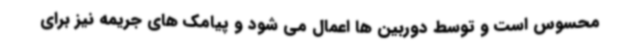
محسوس است و توسط دوربین ها اعمال می شود و پیامک های جریمه نیز برای